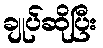
ချုပ်ဆိုပြီး